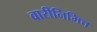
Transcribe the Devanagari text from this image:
वारीनिमित्त